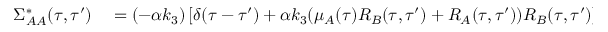
{ } \begin{array} { r l } { \Sigma _ { A A } ^ { * } ( \tau , \tau ^ { \prime } ) } & { { } = ( - \alpha k _ { 3 } ) \left[ \delta ( \tau - \tau ^ { \prime } ) + \alpha k _ { 3 } ( \mu _ { A } ( \tau ) R _ { B } ( \tau , \tau ^ { \prime } ) + R _ { A } ( \tau , \tau ^ { \prime } ) ) R _ { B } ( \tau , \tau ^ { \prime } ) \right] ^ { - 1 } \mu _ { B } ( \tau ^ { \prime } ) } \end{array}